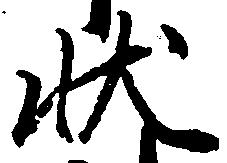
状